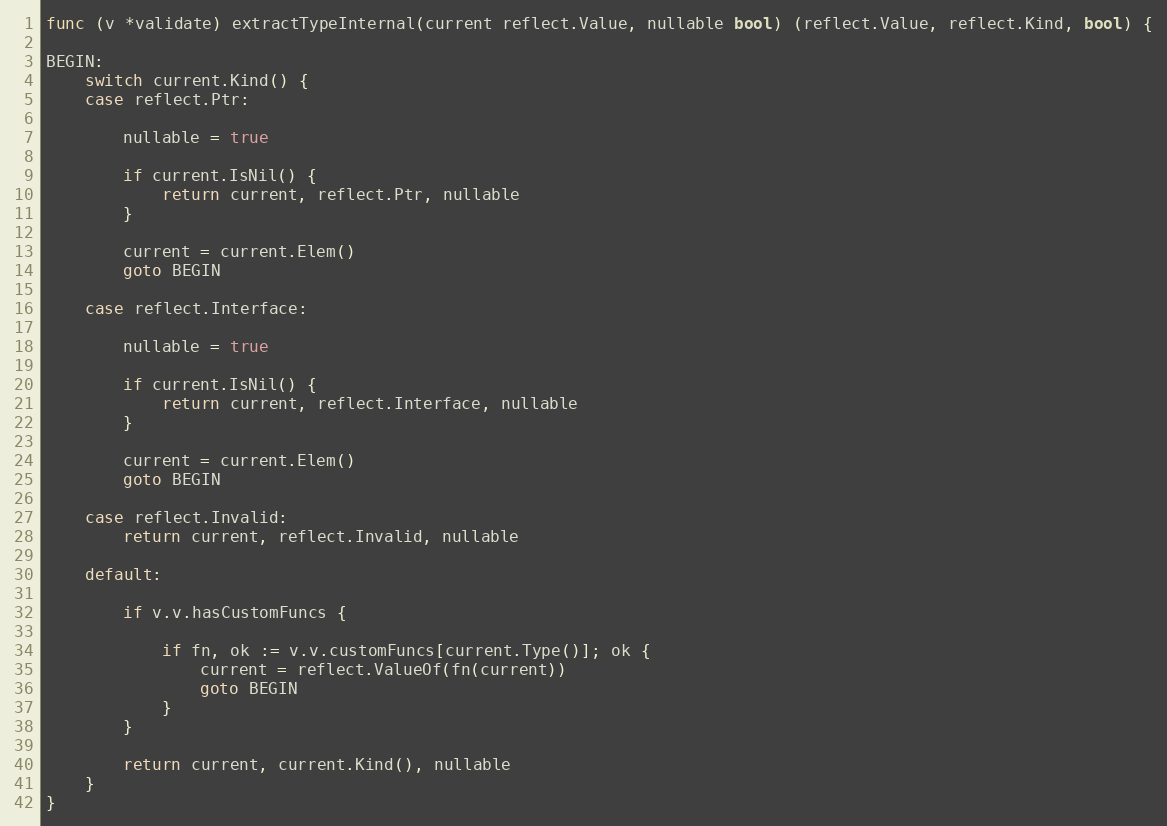
Language: Go
func (v *validate) extractTypeInternal(current reflect.Value, nullable bool) (reflect.Value, reflect.Kind, bool) {

BEGIN:
	switch current.Kind() {
	case reflect.Ptr:

		nullable = true

		if current.IsNil() {
			return current, reflect.Ptr, nullable
		}

		current = current.Elem()
		goto BEGIN

	case reflect.Interface:

		nullable = true

		if current.IsNil() {
			return current, reflect.Interface, nullable
		}

		current = current.Elem()
		goto BEGIN

	case reflect.Invalid:
		return current, reflect.Invalid, nullable

	default:

		if v.v.hasCustomFuncs {

			if fn, ok := v.v.customFuncs[current.Type()]; ok {
				current = reflect.ValueOf(fn(current))
				goto BEGIN
			}
		}

		return current, current.Kind(), nullable
	}
}